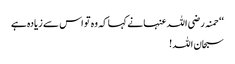
‘‘ حمنہ رضی اللہ عنہا نے کہا کہ وہ تو اس سے زیادہ ہے
سبحان اللہ !